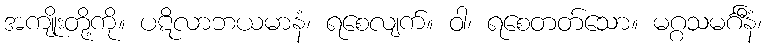
အကျိုးတို့ကို။ ပဋိလာဘယမာနံ၊ ရစေလျက်။ ဝါ၊ ရစေတတ်သော။ မဂ္ဂသမင်္ဂီနံ၊